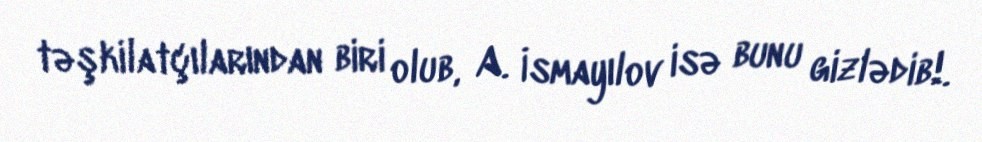
təşkilatçılarından biri olub, A. İsmayılov isə bunu gizlədib!.